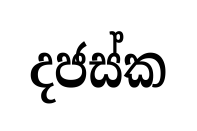
දජස්ක